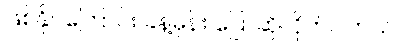
ဖြစ်နိုင်ကြောင်း ခန့်မှန်း ပြောဆိုလိုက်ပါတယ်။